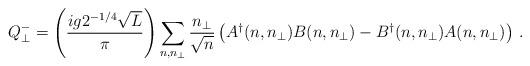
LaTeX: \begin{align*}Q^-_{\perp}=\left(\frac{ig2^{-1/4}\sqrt{L}}{\pi}\right) \sum_{n,n_\perp}\frac{n_\perp}{\sqrt{n}} \left(A^{\dagger}(n,n_\perp)B(n,n_\perp) -B^{\dagger}(n,n_\perp)A(n,n_\perp)\right)\,.\end{align*}